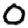
Digit: 0